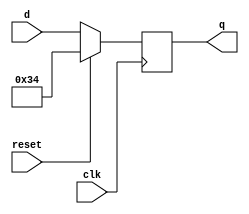
module top_module (
    input clk,
    input reset,
    input [7:0] d,
    output [7:0] q
);

    always @(negedge clk) begin
        q <= (reset == 1'b1)? 7'h34 : d;
    end

endmodule